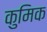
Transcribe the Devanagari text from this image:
कुमिक